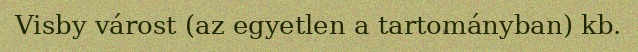
Visby várost (az egyetlen a tartományban) kb.